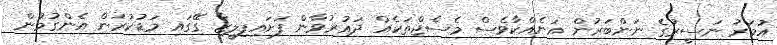
އުމަރު ނަސީރުގެ ނަންބަރުން އަނެއްކާވެސް މެސެޖްތަކެއް ދައުރުވާން ފަށައިފިލީޒާ ގޭގައި މަޑުކުރަން އެންގުމުން